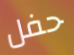
حفل